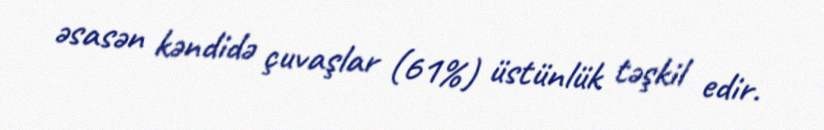
əsasən kəndidə çuvaşlar (61%) üstünlük təşkil edir.